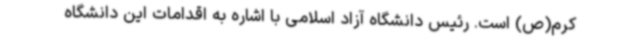
کرم(ص) است. رئیس دانشگاه آزاد اسلامی با اشاره به اقدامات این دانشگاه